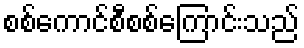
စစ်ကောင်စီစစ်ကြောင်းသည်